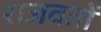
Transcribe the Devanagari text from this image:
राजवतों